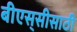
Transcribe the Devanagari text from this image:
बीएस्‌सीसाठी